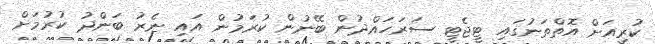
ކުރިއަށް އޮތްތަނުގައި ޓީޖެޓީ ސަރަހައްދުން ބޭނުން ކުރަމުން އައި ނެރު ބަންދު ކުރުމަށް